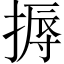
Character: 搙